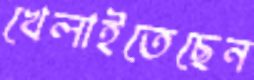
খেলাইতেছেন